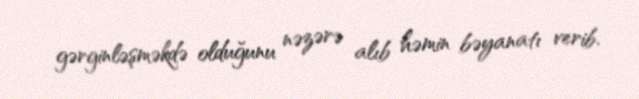
gərginləşməkdə olduğunu nəzərə alıb həmin bəyanatı verib.